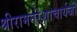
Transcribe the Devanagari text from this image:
श्रीरामनरेशाचार्यजी